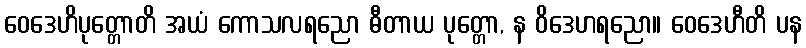
ဝေဒေဟိပုတ္တောတိ အယံ ကောသလရညော ဓီတာယ ပုတ္တော, န ဝိဒေဟရညော။ ဝေဒေဟီတိ ပန